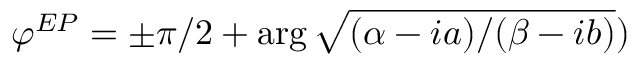
\varphi ^ { E P } = \pm \pi / 2 + \arg \sqrt { ( \alpha - i a ) / ( \beta - i b ) } )